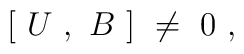
[\ U\ ,\ B\ ]\ \ne\ 0\ ,